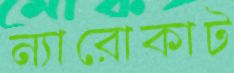
ন্যারোকাট